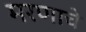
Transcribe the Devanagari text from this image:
मरणाचे